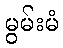
မွမ်းမံ